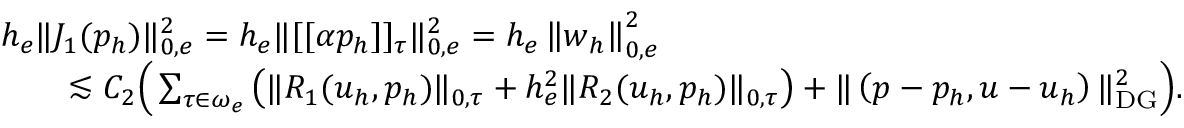
\begin{array} { r l r } { \lefteqn { h _ { e } \| J _ { 1 } ( p _ { h } ) \| _ { 0 , e } ^ { 2 } = h _ { e } \| [ [ \alpha p _ { h } ] ] _ { \tau } \| _ { 0 , e } ^ { 2 } = h _ { e } \left\| \boldsymbol { w } _ { h } \right\| _ { 0 , e } ^ { 2 } } } \\ & { } & { \lesssim C _ { 2 } \Big ( \sum _ { \tau \in \omega _ { e } } \left( \| R _ { 1 } ( \boldsymbol { u } _ { h } , p _ { h } ) \| _ { 0 , \tau } + h _ { e } ^ { 2 } \| R _ { 2 } ( \boldsymbol { u } _ { h } , p _ { h } ) \| _ { 0 , \tau } \right) + \| \left( p - p _ { h } , \boldsymbol { u } - \boldsymbol { u } _ { h } \right) \| _ { \mathrm { D G } } ^ { 2 } \Big ) . } \end{array}